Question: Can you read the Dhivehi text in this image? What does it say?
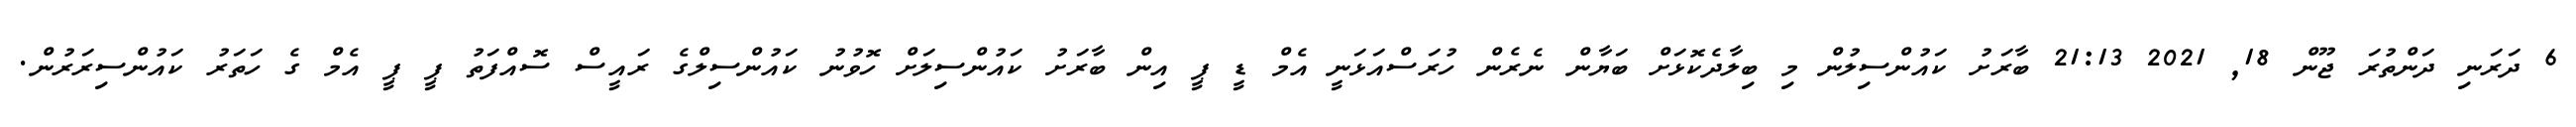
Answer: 6 ދަރަނި ދަންތުރަ ޖޫން 18, 2021 21:13 ބާރަށު ކައުންސިލުން މި ބިލާދެކޮޅަށް ބަޔާން ނެރެން ހުރަސްއަޅަނީ އެމް ޑީ ޕީ އިން ބާރަށު ކައުންސިލަށް ހޮވުނު ކައުންސިލްގެ ރައީސް ސޮއްފަތު ޕީ ޕީ އެމް ގެ ހަތަރު ކައުންސިރަރުން.